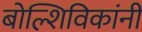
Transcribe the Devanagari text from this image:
बोल्शिविकांनी